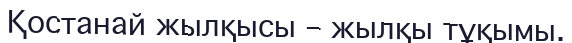
Қостанай жылқысы – жылқы тұқымы.